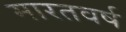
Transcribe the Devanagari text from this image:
मारतवर्ष